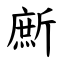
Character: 㫂